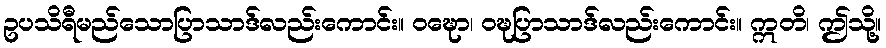
ဥပသိရီမည်သောပြာသာဒ်လည်းကောင်း။ ဝဍ္ဎော၊ ဝဍ္ဎပြာသာဒ်လည်းကောင်း။ ဣတိ၊ ဤသို့။